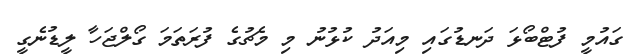
ގައުމީ ފުޓްބޯޅަ ދަނޑުގައި މިއަދު ކުޅުނު މި މެޗުގެ ފުރަތަމަ ގޯލްޖަހާ ލީޑުނެގީ